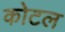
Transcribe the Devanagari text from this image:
कोटल